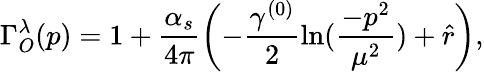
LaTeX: \Gamma_{O}^{\lambda}(p)=1+\frac{\alpha_{s}}{4\pi}\left(-\frac{\gamma^{(0)}}{2}\ln(\frac{-p^{2}}{\mu^{2}})+\hat{r}\right),